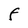
Character: F